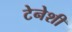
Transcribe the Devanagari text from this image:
टेनेशी